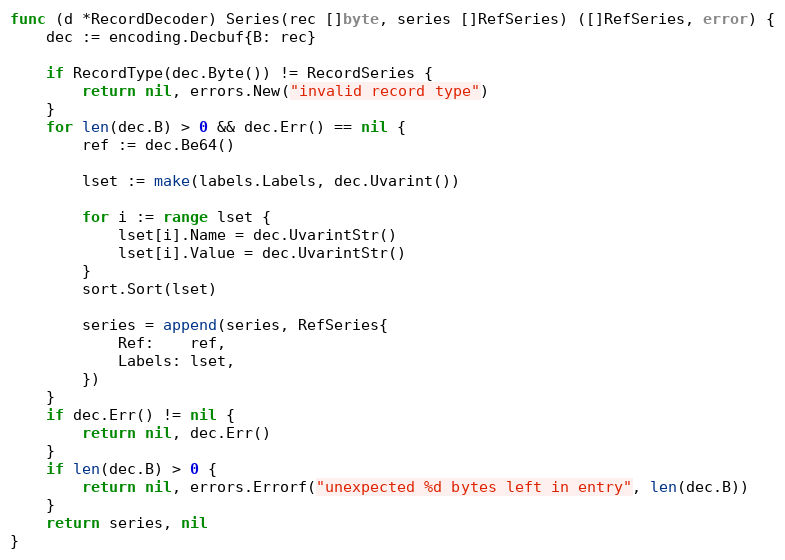
Language: Go
func (d *RecordDecoder) Series(rec []byte, series []RefSeries) ([]RefSeries, error) {
	dec := encoding.Decbuf{B: rec}

	if RecordType(dec.Byte()) != RecordSeries {
		return nil, errors.New("invalid record type")
	}
	for len(dec.B) > 0 && dec.Err() == nil {
		ref := dec.Be64()

		lset := make(labels.Labels, dec.Uvarint())

		for i := range lset {
			lset[i].Name = dec.UvarintStr()
			lset[i].Value = dec.UvarintStr()
		}
		sort.Sort(lset)

		series = append(series, RefSeries{
			Ref:    ref,
			Labels: lset,
		})
	}
	if dec.Err() != nil {
		return nil, dec.Err()
	}
	if len(dec.B) > 0 {
		return nil, errors.Errorf("unexpected %d bytes left in entry", len(dec.B))
	}
	return series, nil
}